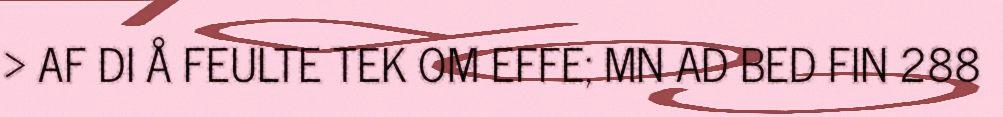
> AF DI Å FEULTE TEK OM EFFE; MN AD BED FIN 288